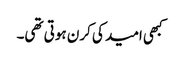
کبھی امید کی کرن ہوتی تھی۔